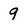
Character: 9